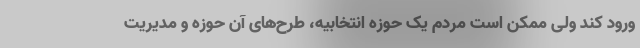
ورود کند ولی ممکن است مردم یک حوزه انتخابیه، طرح‌های آن حوزه و مدیریت